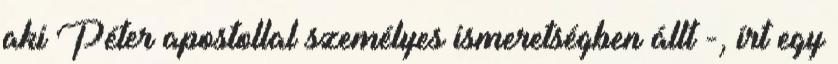
aki Péter apostollal személyes ismeretségben állt -, írt egy